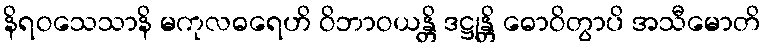
နိရဝသေသာနိ မကုလဓရေဟိ ဝိဘာဝယန္တိ ဒဋ္ဌုန္တိ ဓောဝိတွာပိ အသီမောတိ